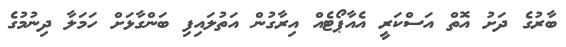
ބާރުގެ ދަށު އޮތް އަސްކަރީ އެއާޕޯޓެއް އިރާގުން އަތުލައިފި ބަންގާޅަށް ހަމަލާ ދިނުމުގެ